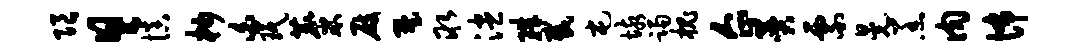
限具慎杪白珉麋屐墅取漶珠截屯垓躅槐企赞票晃羔肉怖